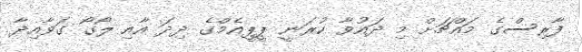
ފާރިސްގެ މައްޗަށް މި ދައުވާ ކުރަނީ ޕީޕީއެމްގެ ދިދަ އާއި ލޯގޯ ގަވާއިދާ